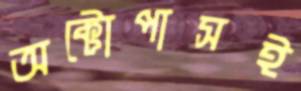
অক্টোপাসই